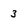
Character: 3